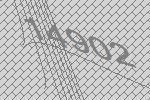
14902